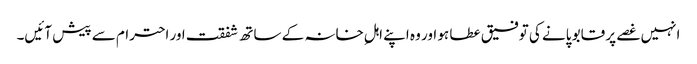
انہیں غصے پر قابو پانے کی توفیق عطا ہو اور وہ اپنے اہلِ خانہ کے ساتھ شفقت اور احترام سے پیش آئیں۔